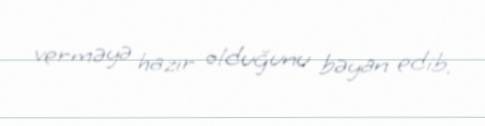
verməyə hazır olduğunu bəyan edib.